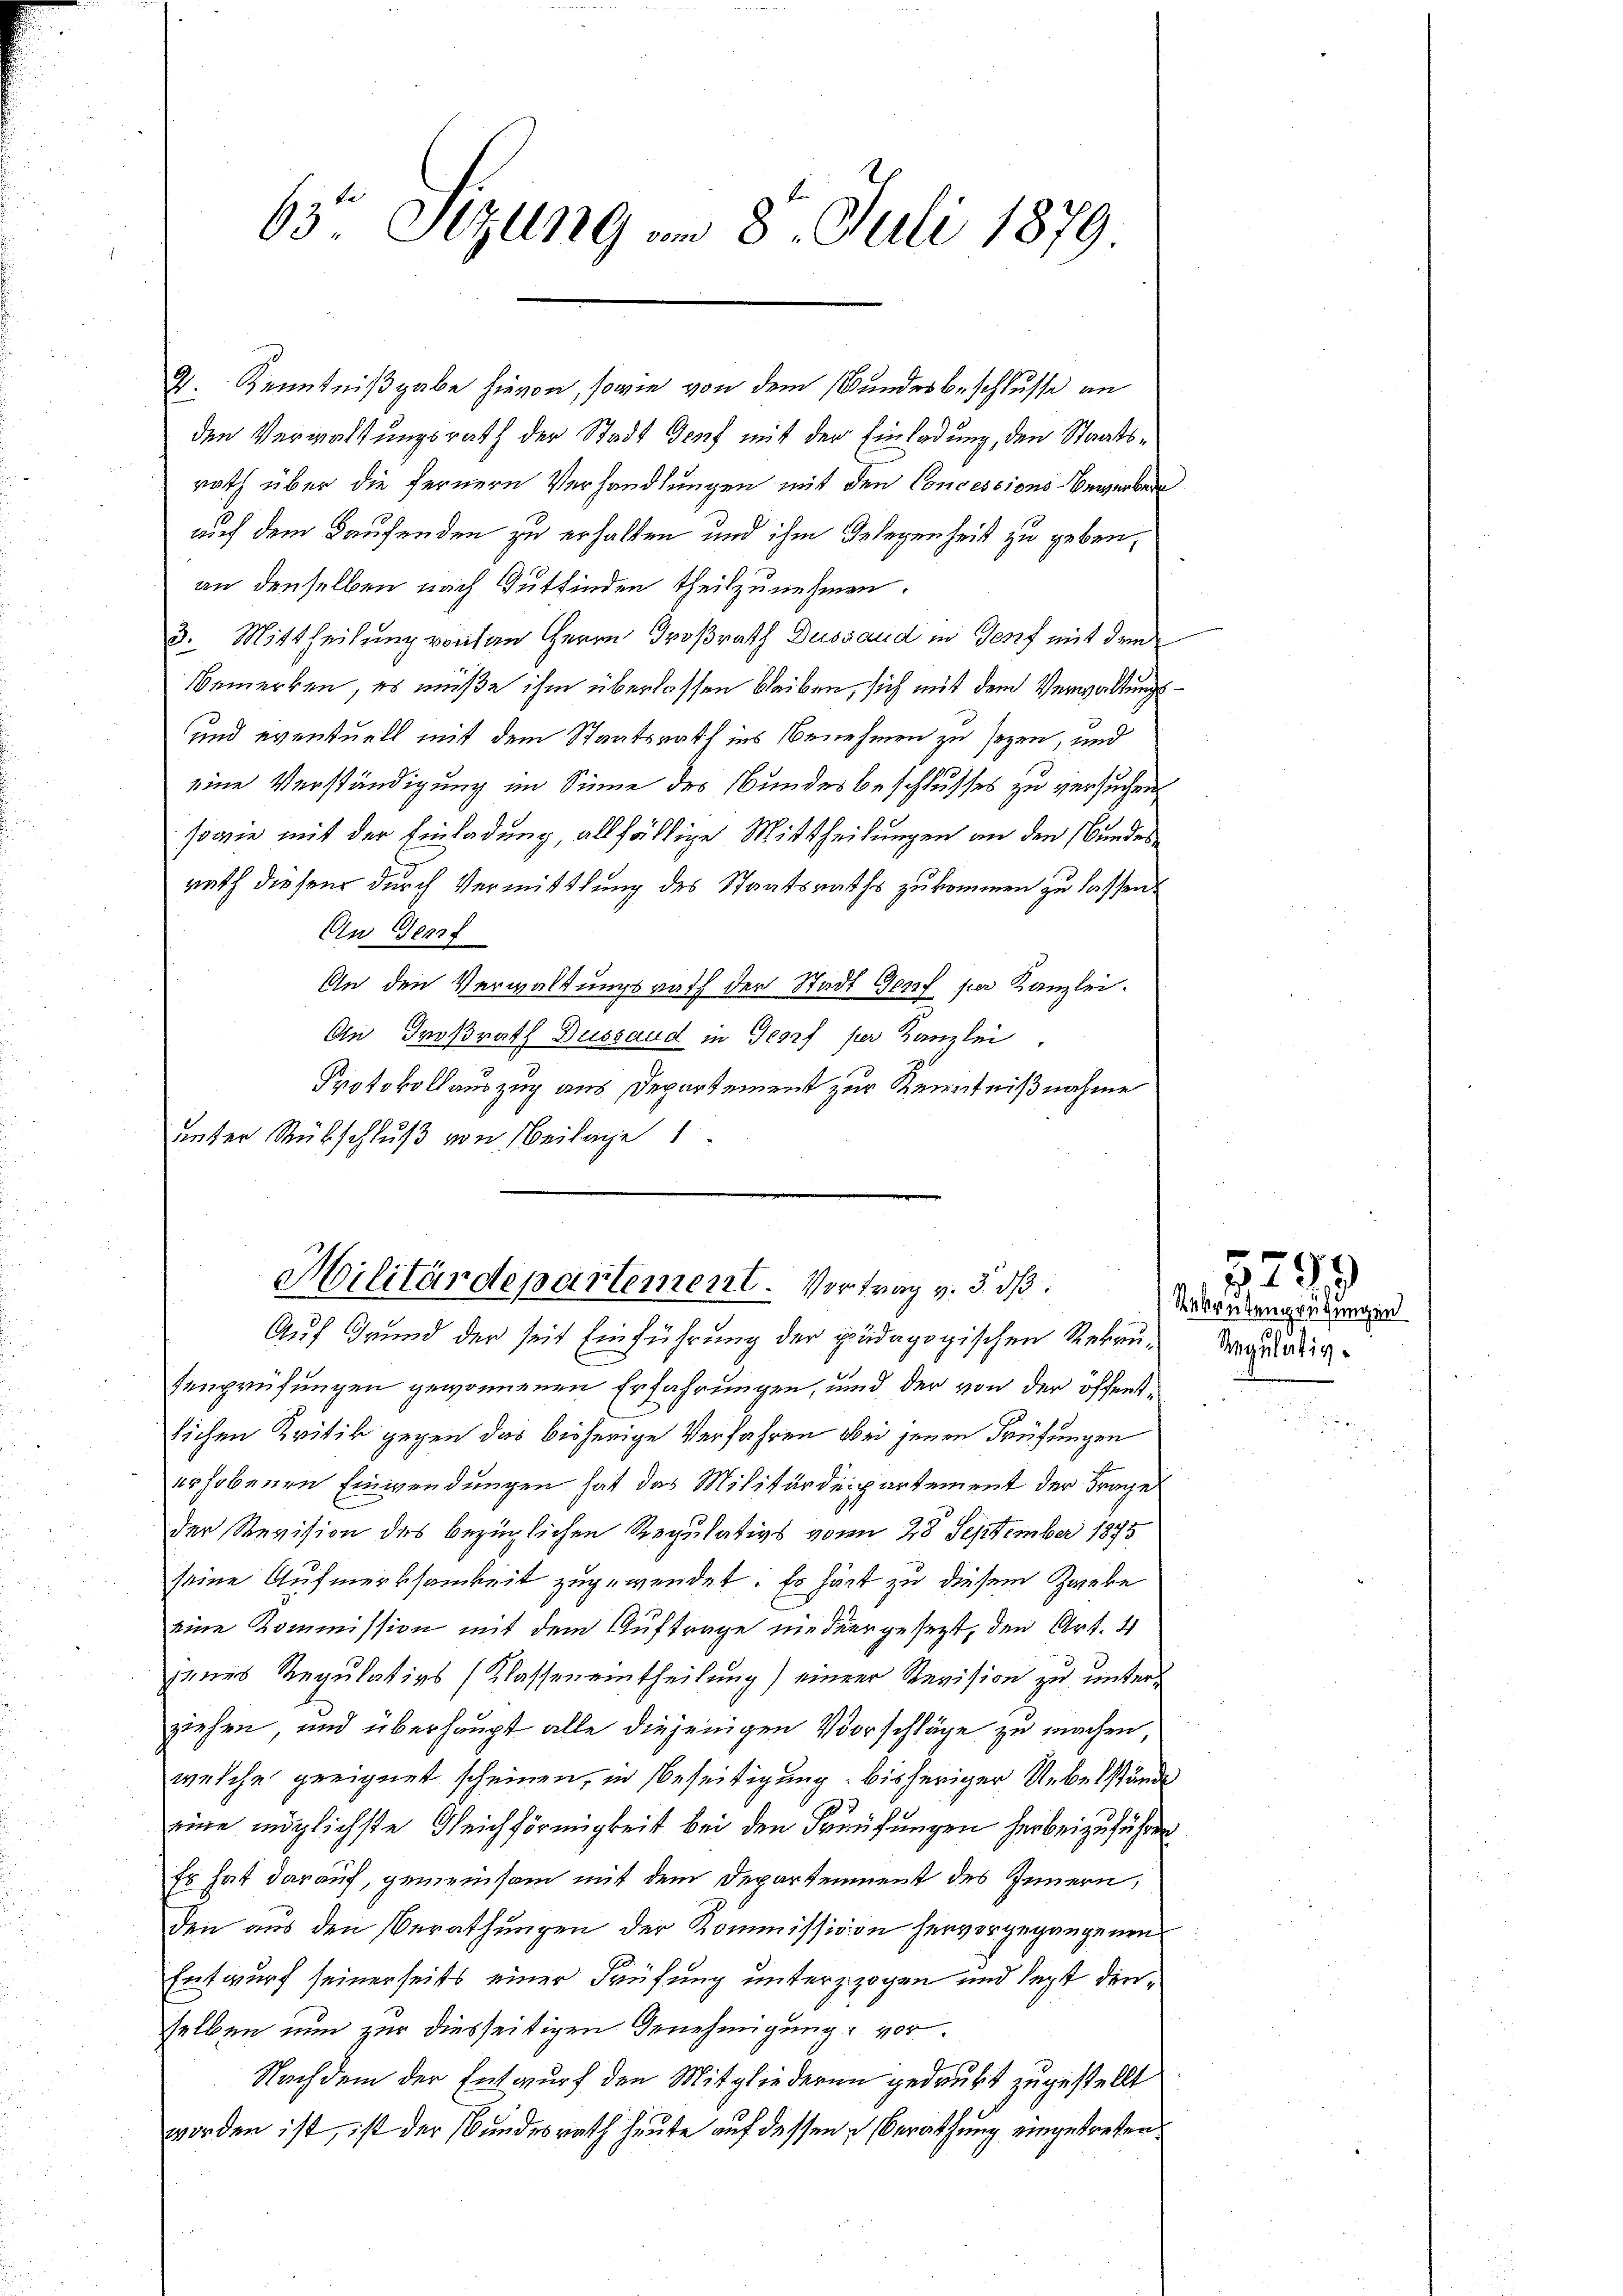
63 Sizung am 8. Juli 1879.

9. Kenntnißgabe hievon, sowie von dem Bundesbeschlusse an
den Verwaltungsrath der Stadt Genf mit der Einladung, den Staatsrath über die fernern Verhandlungen mit den Concessions-Bewerbene
auf dem Kaufenden zu erhalten und ihm Gelegenheit zu geben,
an denselben nach Gutfinden theilzunehmen.
3. Mittheilung vonsen Herrn Großrath Dussaud in Genf mit dem
Bemerken, es müße ihm überlassen bleiben, sich mit dem Verwaltungs¬
und eventuell mit dem Staatsrath ins Benehmen zu seyen, und
eine Verständigung im Sinne des Bundesbeschlusses zu versuchen
sowie mit der Einladung, allfällige Mittheilungen an den Bundesrath diesen durch Vermittlung des Staatsraths zukommen zu lassen.
An Genf
An den Verwaltungsrath der Stadt Genf per Kanzlei.
An Großrath Dussaud in Georf per Kanzlei
Protokollauszug aus Departement zur Kenntnißnahme
unter Rückschluß von Beilage 1

Hilitärdepartement. Vortrag v. 5. dß.
Auf Grund der seit Einführung der pädagogischen Rekru¬

der Revision des bezüglichen Regulativs vom 28 September 1875
seine Aufmerksamkeit zugewendet. Er hatt zu diesem Zanke
eine Kommission mit dem Auftrage niedergesezt, den Art. 4
seines Regulativs (Klasseneintheilung) einer Revision zu unters
ziehen, und überhaupt alle diejenigen Vorschläge zu machen,
welche geeignet scheinen, in Beseitigung bisheriger Uebelstände
eine möglichste Gleichförmigkeit bei den Berufungen herbeizuführen
Es hat darauf, gemeinsam mit dem Departement des Innern,
den aus den Berathungen der Kommission hervorgegangenen
Entwurf seinerseits einer Prüfung unterzzogen und legt denselben nun zur diesseitigen Genehmigung u. vor¬
Nachdem der Entwurf den Mitgliederen gedrukt zugestellt
worden ist, ist der Bundesrath heute auf dessen Berathung eingetreten.

senprüfungen gewonnenen Erfahrungen, und der von der öffentlichen Kritik gegen das bisherige Verfahren bei jenen Prüfungen
erhobenen Einwendungen hat das Militärdepartement der Frage

5799
Rekrutenprüfungen
Regulätig-